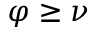
\varphi \geq \nu